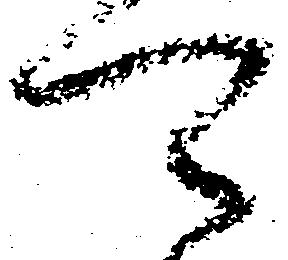
可